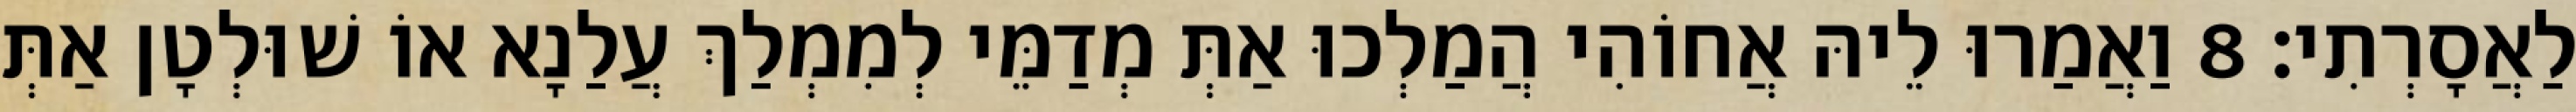
לַאֲסָרְתִי׃ 8 וַאֲמַרוּ לֵיהּ אֲחוֹהִי הֲמַלְכוּ אַתְּ מְדַמֵּי לְמִמְלַךְ עֲלַנָא אוֹ שׁוּלְטָן אַתְּ